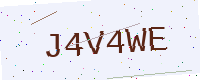
Text: J4V4WE